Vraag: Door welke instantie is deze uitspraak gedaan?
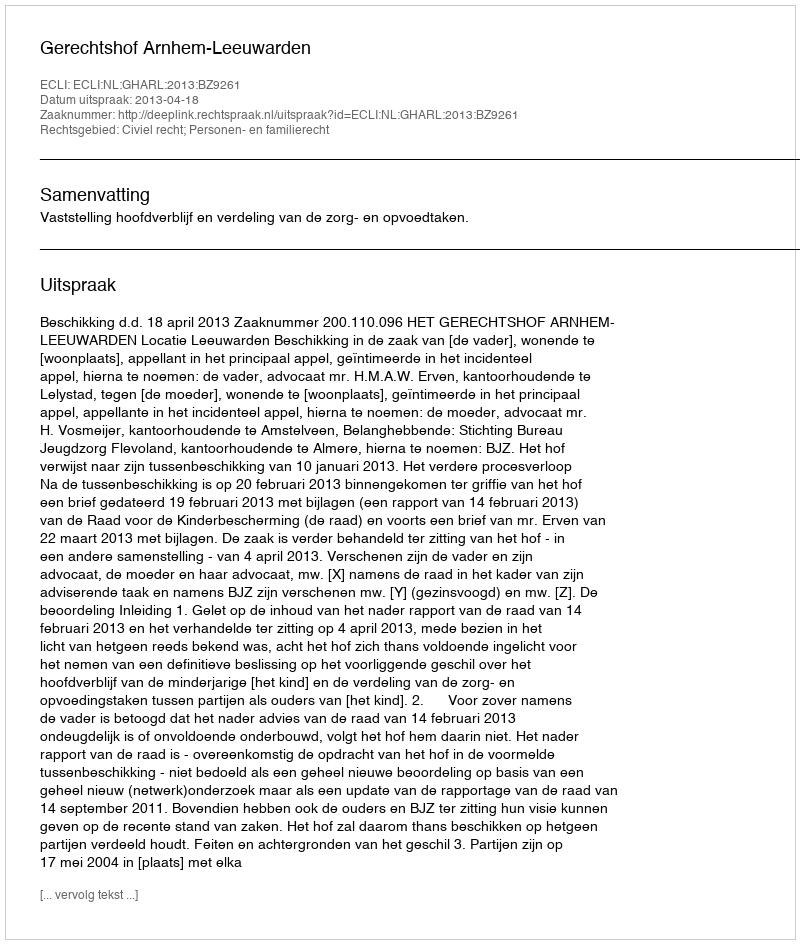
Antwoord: Gerechtshof Arnhem-Leeuwarden